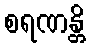
စရဏန္တိ